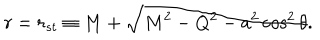
LaTeX: r = r _ { s t } \equiv M + \sqrt { M ^ { 2 } - Q ^ { 2 } - a ^ { 2 } \cos ^ { 2 } \theta } .